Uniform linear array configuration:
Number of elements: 16
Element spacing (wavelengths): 0.5
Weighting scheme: blackman
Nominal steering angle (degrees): -60
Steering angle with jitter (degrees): -61.412
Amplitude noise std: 0.05
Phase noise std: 0.05

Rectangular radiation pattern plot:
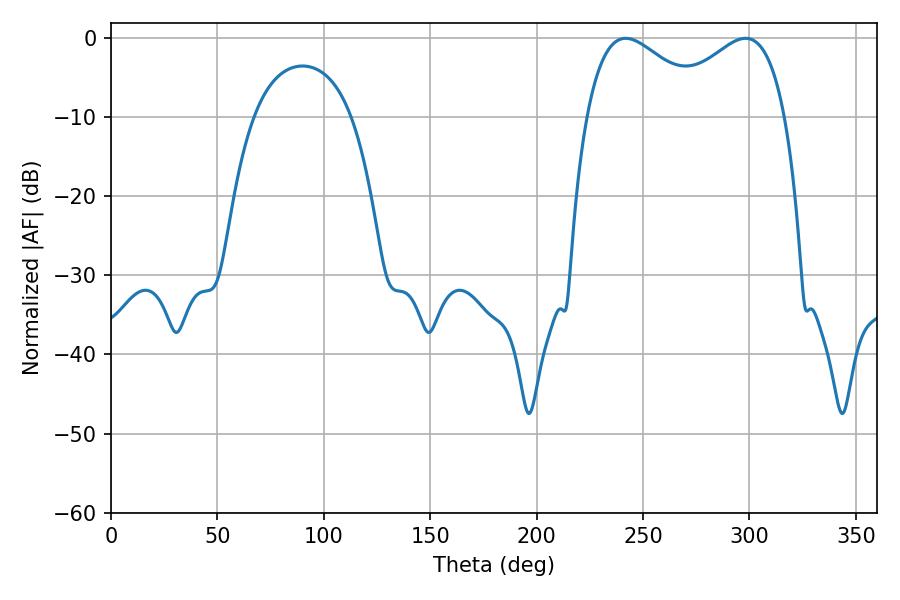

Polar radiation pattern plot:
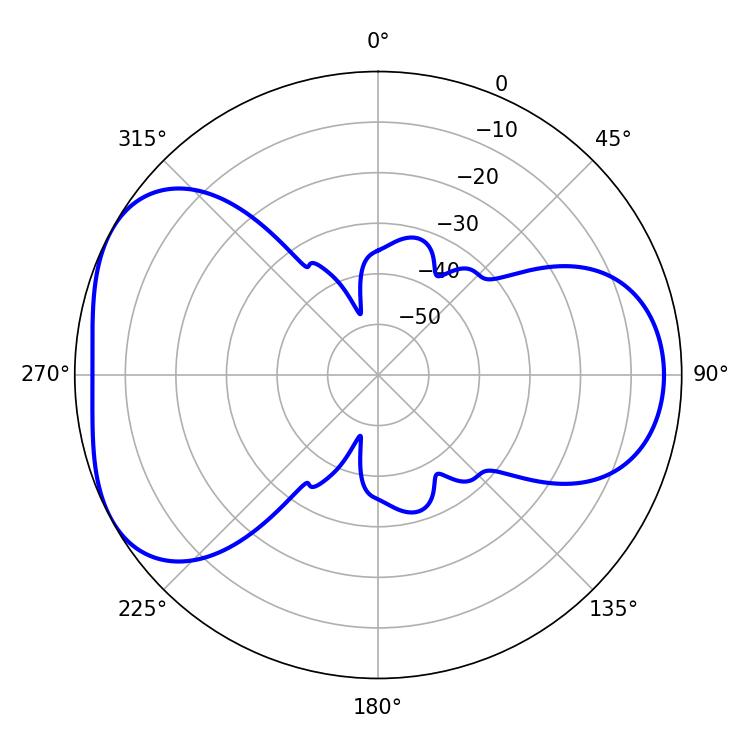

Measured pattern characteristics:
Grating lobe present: FALSE
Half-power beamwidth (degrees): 31.68
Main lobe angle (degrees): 241.92